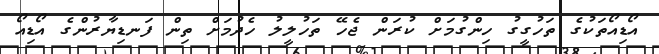
އޯޑިއޯތަކުގެ ތަހުގީގު ހިންގުމަށް ކުރަން ޖެހޭ ތަހުލީލު ހެދުމަށް ތިން ފަނޑިޔާރުންގެ އޯޑިއޯ